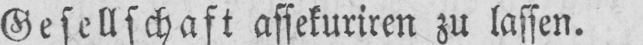
Gesellschaft assekuriren zu lassen.